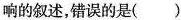
响的叙述，错误的是( )